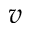
v